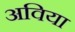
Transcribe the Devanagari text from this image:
अविया